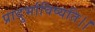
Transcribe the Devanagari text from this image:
प्रादुर्भाविष्यति।।